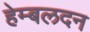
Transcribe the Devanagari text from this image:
हेम्बलदन